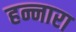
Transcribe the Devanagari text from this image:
हन्नारा